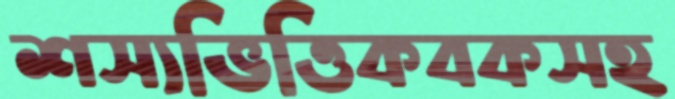
শস্যভিত্তিকবকসহ